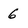
Character: 6